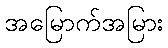
အမြောက်အမြား